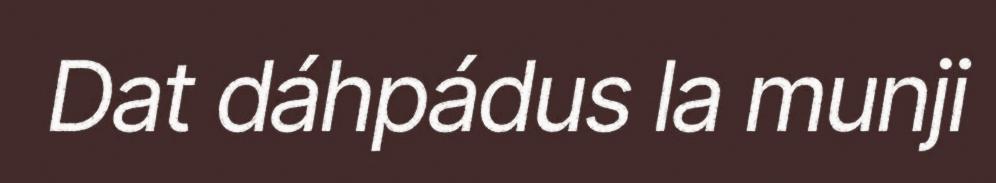
Dat dáhpádus la munji